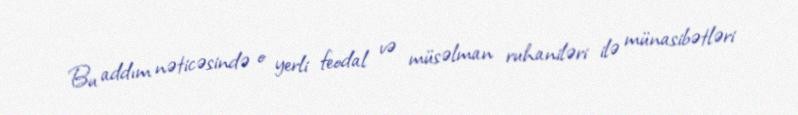
Bu addım nəticəsində o yerli feodal və müsəlman ruhaniləri ilə münasibətləri